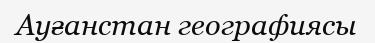
Ауғанстан географиясы